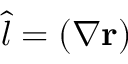
{ \hat { l } } = ( { \boldsymbol { \nabla } } \mathbf { r } )